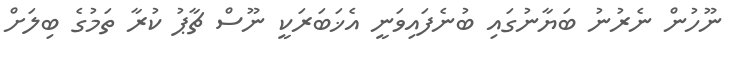
ނޫހުން ނެރުނު ބަޔާނުގައި ބުނެފައިވަނީ އެޚަބަރަކީ ނޫސް ޗާޕު ކުރާ ތަމުގެ ބިލަށް